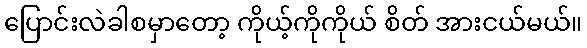
ပြောင်းလဲခါစမှာတော့ ကိုယ့်ကိုကိုယ် စိတ် အားငယ်မယ်။